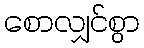
စောလျှင်စွာ